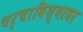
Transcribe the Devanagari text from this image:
चर्चाविश्वावर